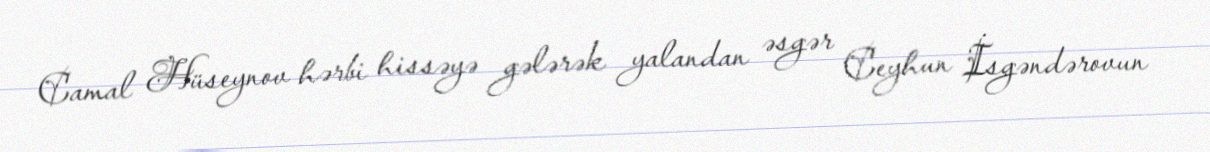
Camal Hüseynov hərbi hissəyə gələrək yalandan əsgər Ceyhun İsgəndərovun